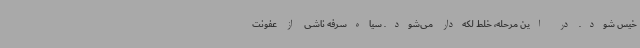
خیس شود. در این مرحله، خلط لکه‌دار می‌شود. سیاه‌سرفه ناشی از عفونت